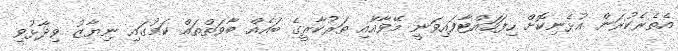
އެތެރެކުރަން އުޅެނިކޮށް ހިފަހައްޓާފައިވަނީ މޭވާއާއި ތަރުކާރީގެ ބައެއް ބާވަތްތައް ކަމުގައި ނިޔާޒު ވިދާޅުވި